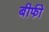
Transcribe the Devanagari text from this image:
बीफी